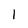
Character: l